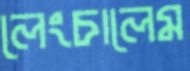
লেংচালেম